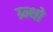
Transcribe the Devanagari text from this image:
ग्र्न्थो